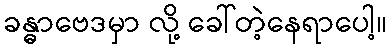
ခန္ဓာဗေဒမှာ လို့ ခေါ်တဲ့နေရာပေါ့။